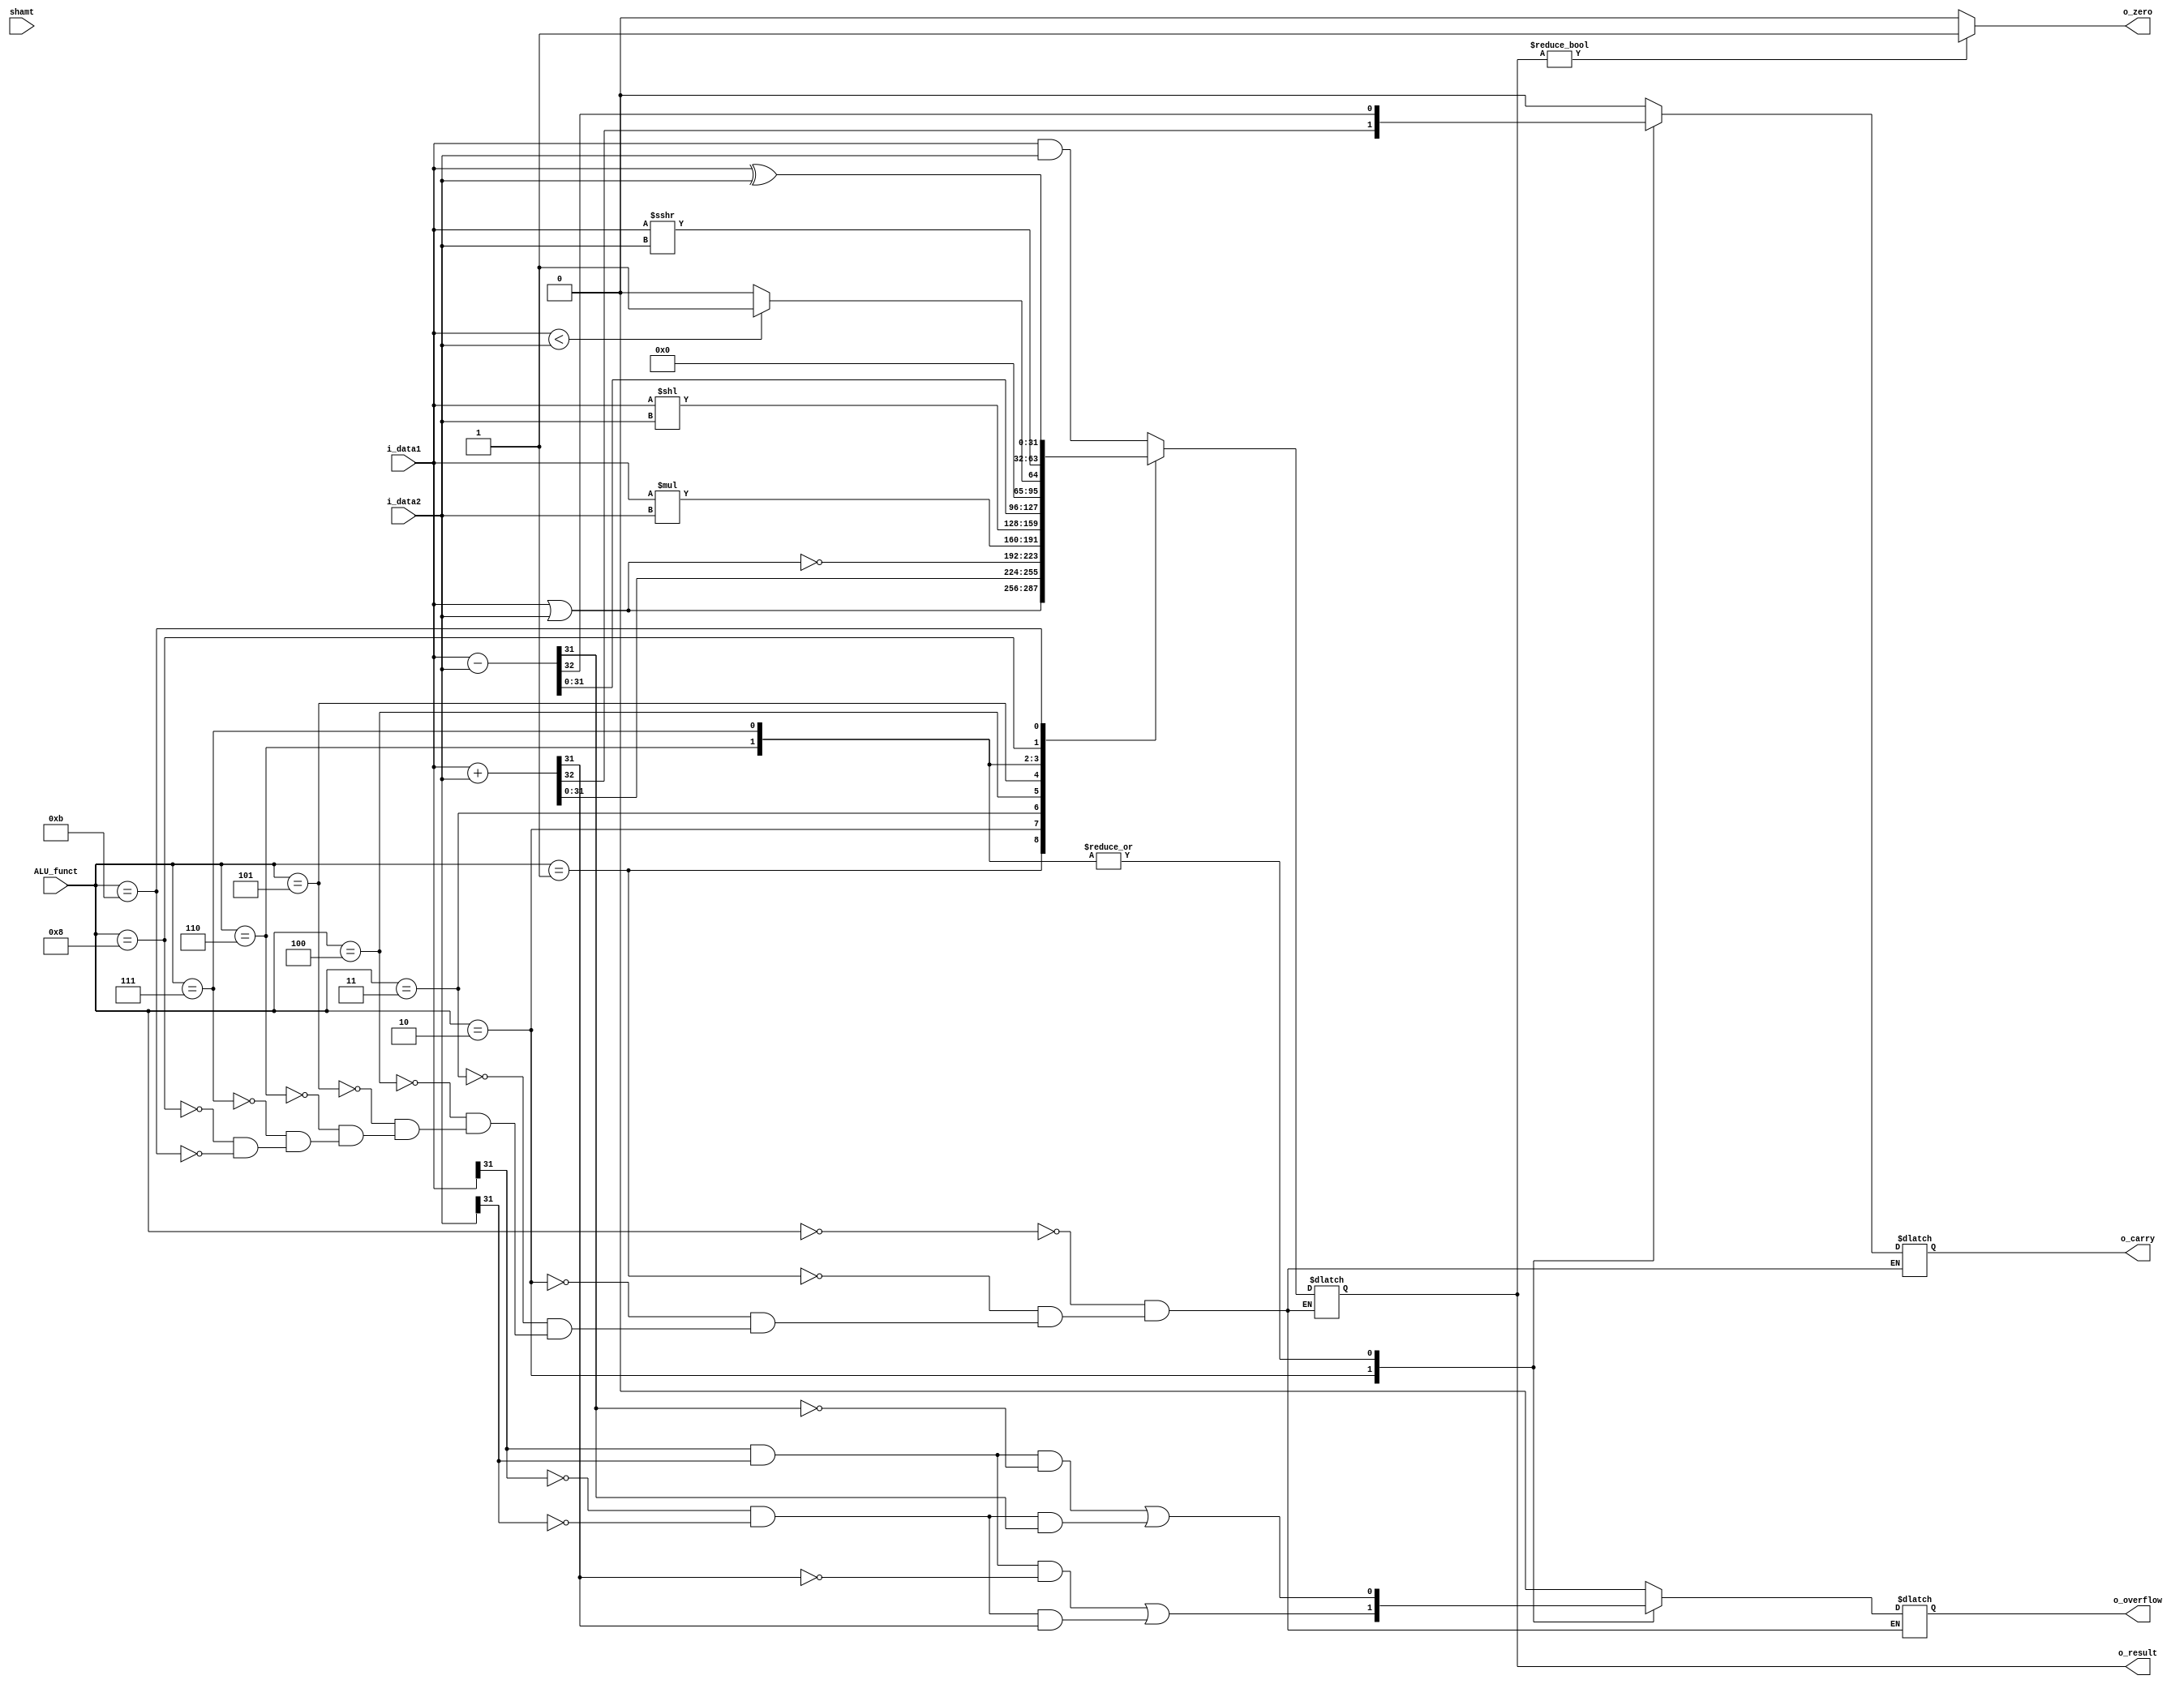
`timescale 1ns / 1ps
//////////////////////////////////////////////////////////////////////////////////
// Company: 
// Engineer: 
// 
// Design Name: 
// Module Name:    ALU 
// Project Name: 
// Target Devices: 
// Tool versions: 
// Description: 
//
// Dependencies: 
//
// Revision: 
// Revision 0.01 - File Created
// Additional Comments: 
//
//////////////////////////////////////////////////////////////////////////////////
module ALU(i_data1, i_data2, shamt, ALU_funct, o_result, o_zero, o_overflow, o_carry);
	input [31:0] i_data1, i_data2;  //input 32bit i_data1, i_data2
	input [4:0] shamt;
	input [4:0] ALU_funct;              //input 4bit selector = ALU control op
	output reg [31:0] o_result;         //output 32bit result
	output reg o_overflow, o_carry;     //output 1bit zero signal
	output o_zero;
	
	reg [31:0] r_temp;
	
	assign o_zero = (o_result != 32'b0) ? 1'b1 : 1'b0;

	always @(*) begin
		case (ALU_funct)
			5'b00000 : begin // bitwise and
				o_result = i_data1 & i_data2;
				o_carry = 1'b0;
				o_overflow = 1'b0;
			end
			5'b00001 : begin // bitwise or
				o_result = i_data1 | i_data2;
				o_carry = 1'b0;
				o_overflow = 1'b0;
			end
			5'b00010 : begin // sigend addition
				{o_carry, o_result} = i_data1 + i_data2;
				o_overflow = (i_data1[31]&i_data2[31]&~o_result[31])|(~i_data1[31]&~i_data2[31]&o_result[31]);
			end
			5'b00011 : begin // bitwise nor
				o_result = ~(i_data1 | i_data2);
				o_carry = 1'b0;
				o_overflow = 1'b0;
			end
			5'b00100 : begin	// unsigned mult
				o_result = i_data1 * i_data2;
				o_carry = 1'b0;
				o_overflow = 1'b0;
			end
			5'b00101 : begin	// sll
				o_result = i_data1 << i_data2;
				o_carry = 1'b0;
				o_overflow = 1'b0;
			end
			5'b00110 : begin // signed subtraction
				{o_carry, o_result} = i_data1 - i_data2;
				o_overflow = (i_data1[31]&i_data2[31]&~o_result[31])|(~i_data1[31]&~i_data2[31]&o_result[31]);
			end
			5'b00111 : begin // signed slt
				o_result = (i_data1 < i_data2) ? 32'b1 : 32'b0;
				{o_carry, r_temp} = i_data1 - i_data2;
				o_overflow = (i_data1[31]&i_data2[31]&~r_temp[31])|(~i_data1[31]&~i_data2[31]&r_temp[31]);
			end
			5'b01000 : begin	/// sra
				o_result = i_data1 >>> i_data2;
				o_carry = 1'b0;
				o_overflow = 1'b0;
			end
			5'b01001 : begin
			end
			5'b01010 : begin
			end
			5'b01011 : begin // bitwise xor
				o_result = i_data1 ^ i_data2;
				o_carry = 1'b0;
				o_overflow = 1'b0;
			end
			5'b01100 : begin
			end
			5'b01101 : begin
			end
			5'b01110 : begin
			end
			5'b01111 : begin
			end
			default   : ;
		endcase
	end
endmodule